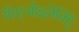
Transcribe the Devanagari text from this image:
पिएजोइलेक्ट्रि